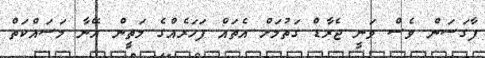
ފާގަސަން ވެސް ވަނީ ޖެރާޑް ގަތުމަށް އެތައް ފަހަރެއްގެ މަތީން އޭނާ މަސައްކަތް